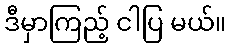
ဒီမှာကြည့် ငါပြ မယ်။